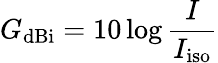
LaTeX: G_{\mathrm{dBi}}=10\log{\frac{I}{I_{\mathrm{iso}}}}